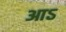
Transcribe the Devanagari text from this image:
आऽ